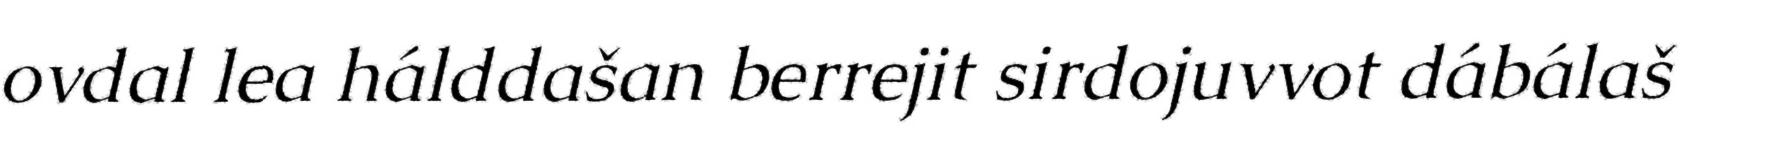
ovdal lea hálddašan berrejit sirdojuvvot dábálaš